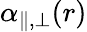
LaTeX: \alpha_{\parallel,\bot}(r)